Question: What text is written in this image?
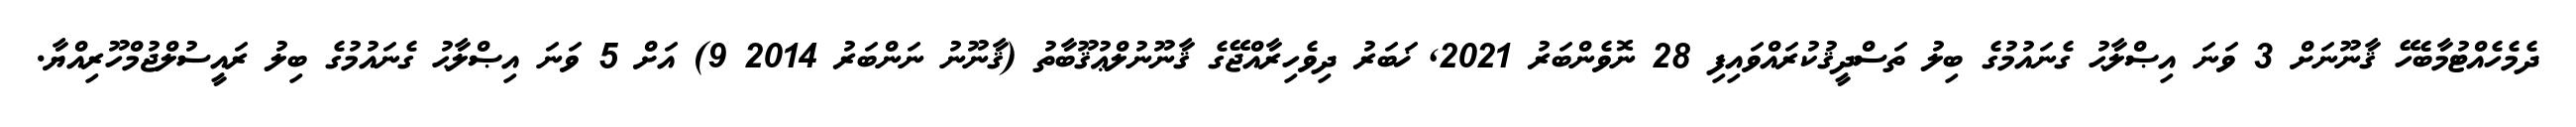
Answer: ދެމެހެއްޓުމާބެހޭ ޤާނޫނަށް 3 ވަނަ އިޞްލާޙު ގެނައުމުގެ ބިލު ތަސްދީޤުކުރައްވައިފި 28 ނޮވެންބަރު 2021, ޚަބަރު ދިވެހިރާއްޖޭގެ ޤާނޫނުލްޢުޤޫބާތު (ޤާނޫނު ނަންބަރު 2014 9) އަށް 5 ވަނަ އިޞްލާޙު ގެނައުމުގެ ބިލު ރައީސުލްޖުމްހޫރިއްޔާ.